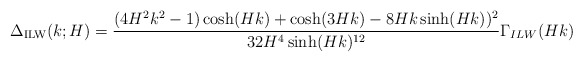
\begin{align*}\Delta_{\rm ILW}(k;H)=\frac{(4H^2k^2-1)\cosh(Hk)+\cosh(3Hk)-8Hk\sinh(Hk))^2}{32H^4\sinh(Hk)^{12}}\Gamma_{ILW}(Hk)\end{align*}